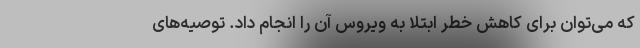
که می‌توان برای کاهش خطر ابتلا به ویروس آن را انجام داد. توصیه‌های